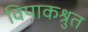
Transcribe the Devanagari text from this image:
विपाकश्रुत